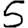
Digit: 5